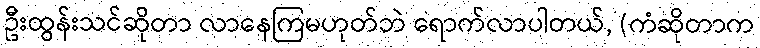
ဦးထွန်းသင်ဆိုတာ လာနေကြမဟုတ်ဘဲ ရောက်လာပါတယ်, (ကံဆိုတာက